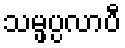
သမ္ဖပ္ပလာပီ